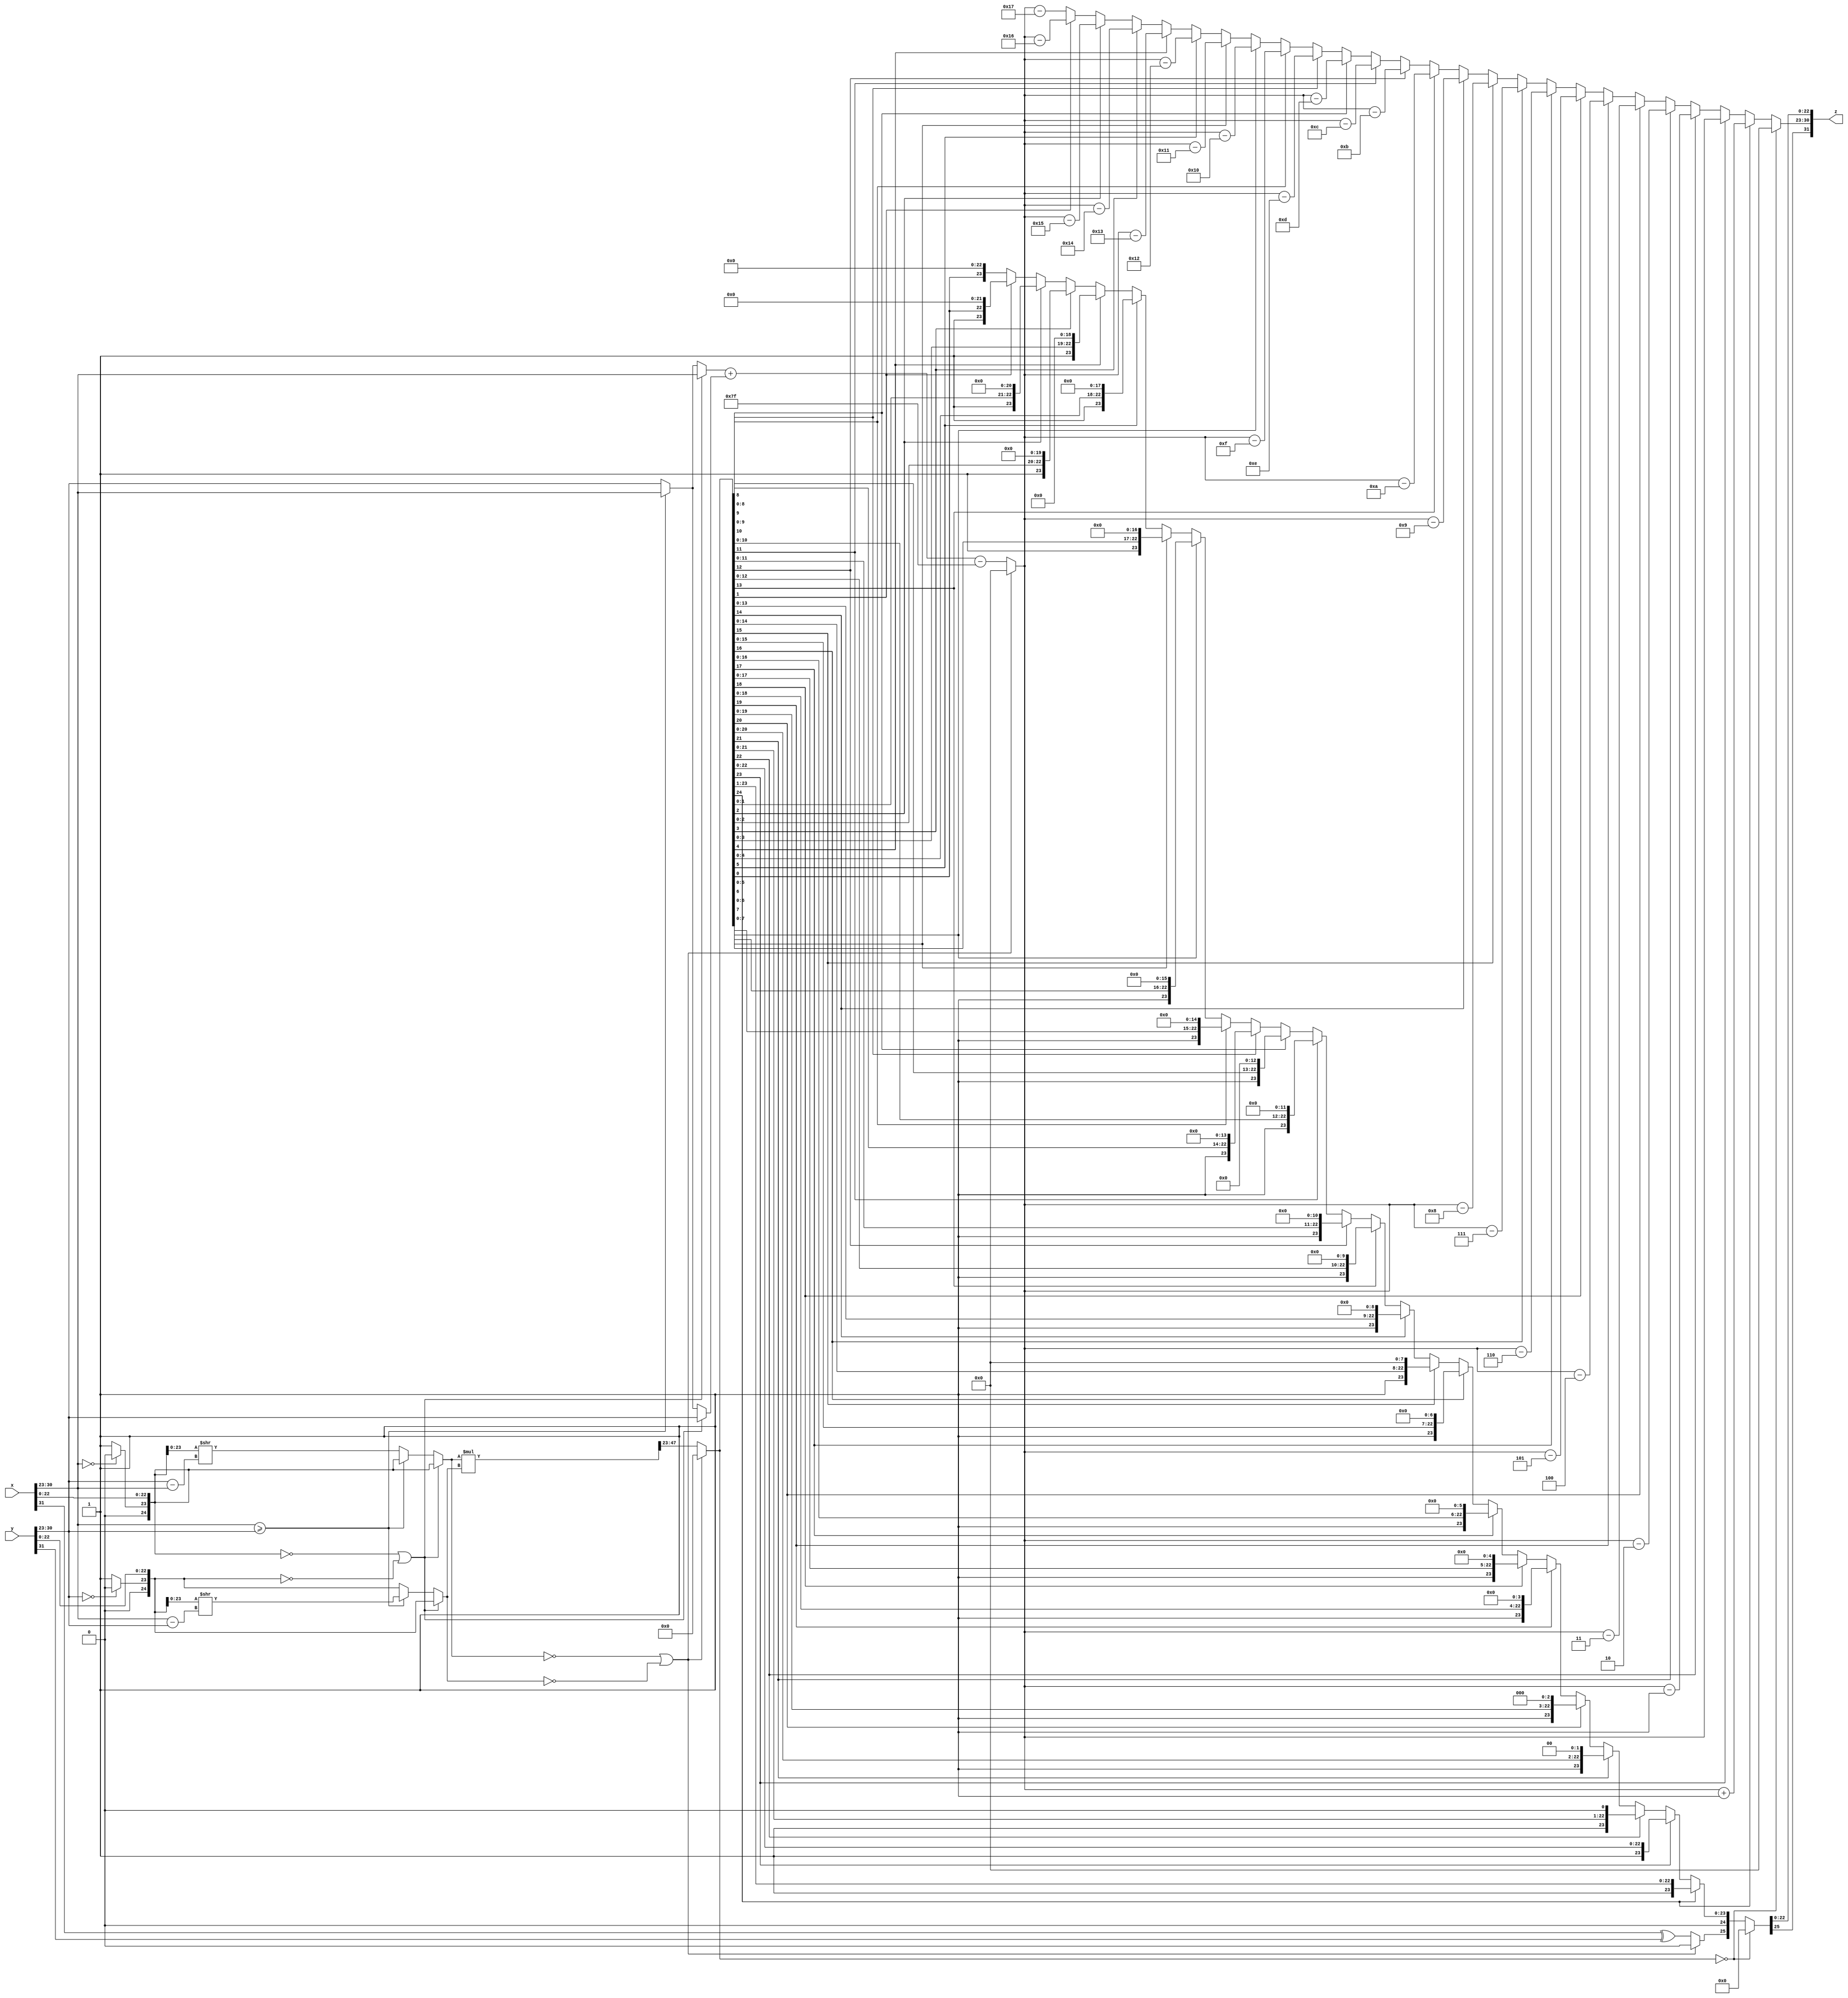
module fp_multiplier_comb(
						input [31:0]x,
						input [31:0]y,
						output reg [31:0]z
						);
	
	reg [25:0]x_true;
	reg [25:0]y_true;
	reg [7:0]x_expo;
	reg [7:0]y_expo;
	
	always @(x, y)
		begin
			x_true = {x[31], (x[30:23] == 8'b0) ? 2'b00 : 2'b01, x[22:0]};
			y_true = {y[31], (y[30:23] == 8'b0) ? 2'b00 : 2'b01, y[22:0]};
			x_expo = x[30:23];
			y_expo = y[30:23];
		end
		
	reg [25:0]x_true_after;
	reg [25:0]y_true_after;
	reg [7:0]x_expo_after;
	reg [7:0]y_expo_after;
	reg [7:0]expo_dif;
	
	always @(x_true, y_true, x_expo, y_expo)
		begin
			if(x_true[24:0] == 0 || y_true[24:0] == 0)
				begin
					x_true_after = x_true;
					y_true_after = y_true;
					x_expo_after = x_expo;
					y_expo_after = y_expo;
				end
			else if(x_expo >= y_expo)
				begin
					expo_dif = x_expo - y_expo;
					y_expo_after = x_expo;
					y_true_after[25] = y_true[25];
					y_true_after[24:0] = y_true[24:0] >> expo_dif;
					x_expo_after = x_expo;
					x_true_after = x_true;
				end
			else
				begin
					expo_dif = y_expo - x_expo;
					x_expo_after = y_expo;
					x_true_after[25] = x_true[25];
					x_true_after[24:0] = x_true[24:0] >> expo_dif;
					y_expo_after = y_expo;
					y_true_after = y_true;
				end
		end
	
	reg [7:0]z_expo;
	reg [25:0]z_true;
	reg [49:0]mult_tmp;
	
	always @(x_true_after, y_true_after, x_expo_after, y_expo_after)
		begin
			if(x_true_after[24:0] == 0 || y_true_after[24:0] == 0)
				begin
					z_expo = 8'b0;
					z_true = 26'b0;
				end
			else
				begin
					z_expo = x_expo_after + y_expo_after - 8'b01111111;
					z_true[25] = x_true_after[25] ^ y_true_after[25];
					mult_tmp = x_true_after[24:0] * y_true_after[24:0];
					z_true[24:0] = mult_tmp[47:23];
				end
		end
		
	reg [7:0]z_expo_after;
	reg [25:0]z_true_after;
	
	always @(z_expo, z_true)
		begin
			if(z_true[24:0] == 0)
				begin
					z_expo_after = 8'b0;
					z_true_after = 26'b0;
				end
			else if(z_true[24] == 1'b1)
				begin
					z_expo_after = z_expo + 1;
					z_true_after = {z_true[25], 1'b0, z_true[24:1]};
				end
			else if(z_true[23] == 1'b1)
				begin
					z_expo_after = z_expo;
					z_true_after = z_true;
				end
			else if(z_true[22] == 1'b1)
				begin
					z_expo_after = z_expo - 1;
					z_true_after = {z_true[25], z_true[23:0], 1'b0};
				end
			else if(z_true[21] == 1'b1)
				begin
					z_expo_after = z_expo - 2;
					z_true_after = {z_true[25], z_true[22:0], 2'b0};
				end
			else if(z_true[20] == 1'b1)
				begin
					z_expo_after = z_expo - 3;
					z_true_after = {z_true[25], z_true[21:0], 3'b0};
				end
			else if(z_true[19] == 1'b1)
				begin
					z_expo_after = z_expo - 4;
					z_true_after = {z_true[25], z_true[20:0], 4'b0};
				end
			else if(z_true[18] == 1'b1)
				begin
					z_expo_after = z_expo - 5;
					z_true_after = {z_true[25], z_true[19:0], 5'b0};
				end
			else if(z_true[17] == 1'b1)
				begin
					z_expo_after = z_expo - 6;
					z_true_after = {z_true[25], z_true[18:0], 6'b0};
				end
			else if(z_true[16] == 1'b1)
				begin
					z_expo_after = z_expo - 7;
					z_true_after = {z_true[25], z_true[17:0], 7'b0};
				end
			else if(z_true[15] == 1'b1)
				begin
					z_expo_after = z_expo - 8;
					z_true_after = {z_true[25], z_true[16:0], 8'b0};
				end
			else if(z_true[14] == 1'b1)
				begin
					z_expo_after = z_expo - 9;
					z_true_after = {z_true[25], z_true[15:0], 9'b0};
				end
			else if(z_true[13] == 1'b1)
				begin
					z_expo_after = z_expo - 10;
					z_true_after = {z_true[25], z_true[14:0], 10'b0};
				end
			else if(z_true[12] == 1'b1)
				begin
					z_expo_after = z_expo - 11;
					z_true_after = {z_true[25], z_true[13:0], 11'b0};
				end
			else if(z_true[11] == 1'b1)
				begin
					z_expo_after = z_expo - 12;
					z_true_after = {z_true[25], z_true[12:0], 12'b0};
				end
			else if(z_true[10] == 1'b1)
				begin
					z_expo_after = z_expo - 13;
					z_true_after = {z_true[25], z_true[11:0], 13'b0};
				end
			else if(z_true[9] == 1'b1)
				begin
					z_expo_after = z_expo - 14;
					z_true_after = {z_true[25], z_true[10:0], 14'b0};
				end
			else if(z_true[8] == 1'b1)
				begin
					z_expo_after = z_expo - 15;
					z_true_after = {z_true[25], z_true[9:0], 15'b0};
				end
			else if(z_true[7] == 1'b1)
				begin
					z_expo_after = z_expo - 16;
					z_true_after = {z_true[25], z_true[8:0], 16'b0};
				end
			else if(z_true[6] == 1'b1)
				begin
					z_expo_after = z_expo - 17;
					z_true_after = {z_true[25], z_true[7:0], 17'b0};
				end
			else if(z_true[5] == 1'b1)
				begin
					z_expo_after = z_expo - 18;
					z_true_after = {z_true[25], z_true[6:0], 18'b0};
				end
			else if(z_true[4] == 1'b1)
				begin
					z_expo_after = z_expo - 19;
					z_true_after = {z_true[25], z_true[5:0], 19'b0};
				end
			else if(z_true[3] == 1'b1)
				begin
					z_expo_after = z_expo - 20;
					z_true_after = {z_true[25], z_true[4:0], 20'b0};
				end
			else if(z_true[2] == 1'b1)
				begin
					z_expo_after = z_expo - 21;
					z_true_after = {z_true[25], z_true[3:0], 21'b0};
				end
			else if(z_true[1] == 1'b1)
				begin
					z_expo_after = z_expo - 22;
					z_true_after = {z_true[25], z_true[2:0], 22'b0};
				end
			else
				begin
					z_expo_after = z_expo - 23;
					z_true_after = {z_true[25], z_true[1:0], 23'b0};
				end
		end
	
	always @(z_expo_after, z_true_after)
		begin
			z = {z_true_after[25], z_expo_after, z_true_after[22:0]};
		end
	
endmodule